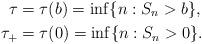
LaTeX: \begin{align*}\tau&=\tau(b)=\inf\{n: S_n>b\},\\*\tau_+&=\tau(0)=\inf\{n:S_n>0\}.\end{align*}